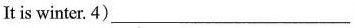
It is winter. 4) ___